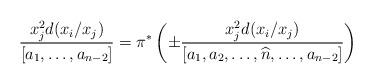
LaTeX: \begin{align*}\frac{x_j^2 d(x_i/x_j)}{[a_1,\ldots,a_{n-2}]}=\pi^{*} \left( \pm \frac{x_j^2 d(x_i/x_j)}{ [a_1,a_2,\ldots,\widehat{n},\ldots,a_{n-2}]} \right) \end{align*}